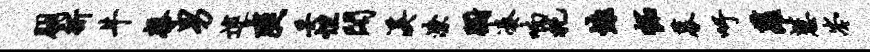
朋祈牛馨男逮爽妥怛阁溪潦蹰凑喃托慷拓募吁萝慧岑